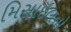
મિસાઇલનો